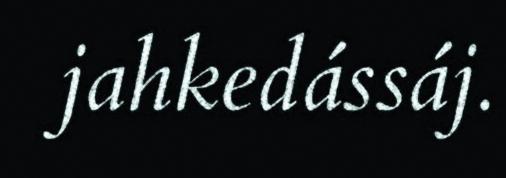
jahkedássáj.